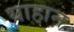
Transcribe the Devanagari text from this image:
याहान